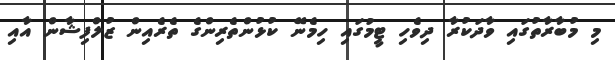
މި މުބާރާތުގައި ވާދަކުރާ ދިވެހި ޓީމުގައި ހިމެނޭ ކުޅުންތެރިންގެ ތެރެއިން ޒުލްފިޝާން އާއި